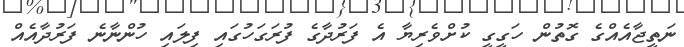
ނަތީޖާއެއްގެ ގޮތުން ހަގީގީ ކުށްވެރިޔާ އެ ފަރުދާގެ ފުރަގަހުގައި ފިލައި ހުންނާނެ ފަރުދާއެއް